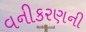
વનીકરણની